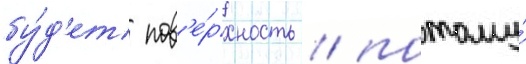
бу́д'ет пов'е́рхность / потому́